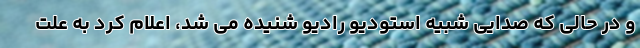
و در حالی که صدایی شبیه استودیو رادیو شنیده می شد، اعلام کرد به علت